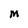
Character: M